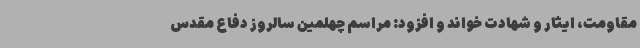
مقاومت، ایثار و شهادت خواند و افزود: مراسم چهلمین سالروز دفاع مقدس